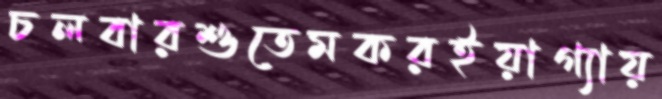
চলবারশুতেমকরইয়াগ্যায়